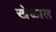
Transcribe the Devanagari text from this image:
खेळाल